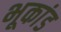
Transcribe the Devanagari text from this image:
भूकांड